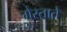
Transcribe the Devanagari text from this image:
गेस्ताते